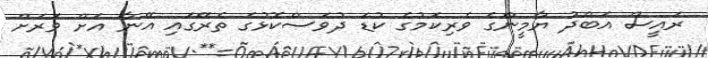
ރައީސް އަބްދު ޔާމީންގެ ވެރިކަމުގެ ކުޑަ ދުވަސްކޮޅުގެ ތެރޭގައި އޭނާ އަށް ވަރަށް